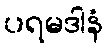
ပရမဒါနံ